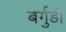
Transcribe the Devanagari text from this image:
बर्गुडी